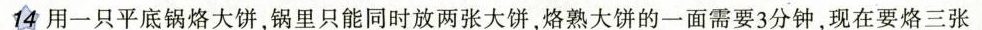
14用一只平底锅烙大饼，锅里只能同时放两张大饼，烙熟大饼的一面需要3分钟，现在要烙三张